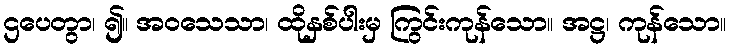
ဌပေတွာ၊ ၍။ အဝသေသာ၊ ထိုနှစ်ပါးမှ ကြွင်းကုန်သော။ အဋ္ဌ၊ ကုန်သော။